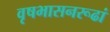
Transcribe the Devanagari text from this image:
वृषभासनरूढां